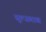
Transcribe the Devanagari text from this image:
सुल्जबाख